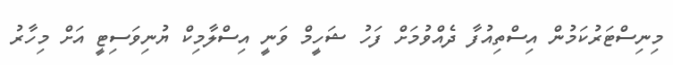
މިނިސްޓަރުކަމުން އިސްތިއުފާ ދެއްވުމަށް ފަހު ޝަހީމް ވަނީ އިސްލާމިކް ޔުނިވަސިޓީ އަށް މިހާރު